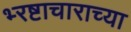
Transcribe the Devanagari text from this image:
भ्‍रष्टाचाराच्या